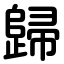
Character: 歸